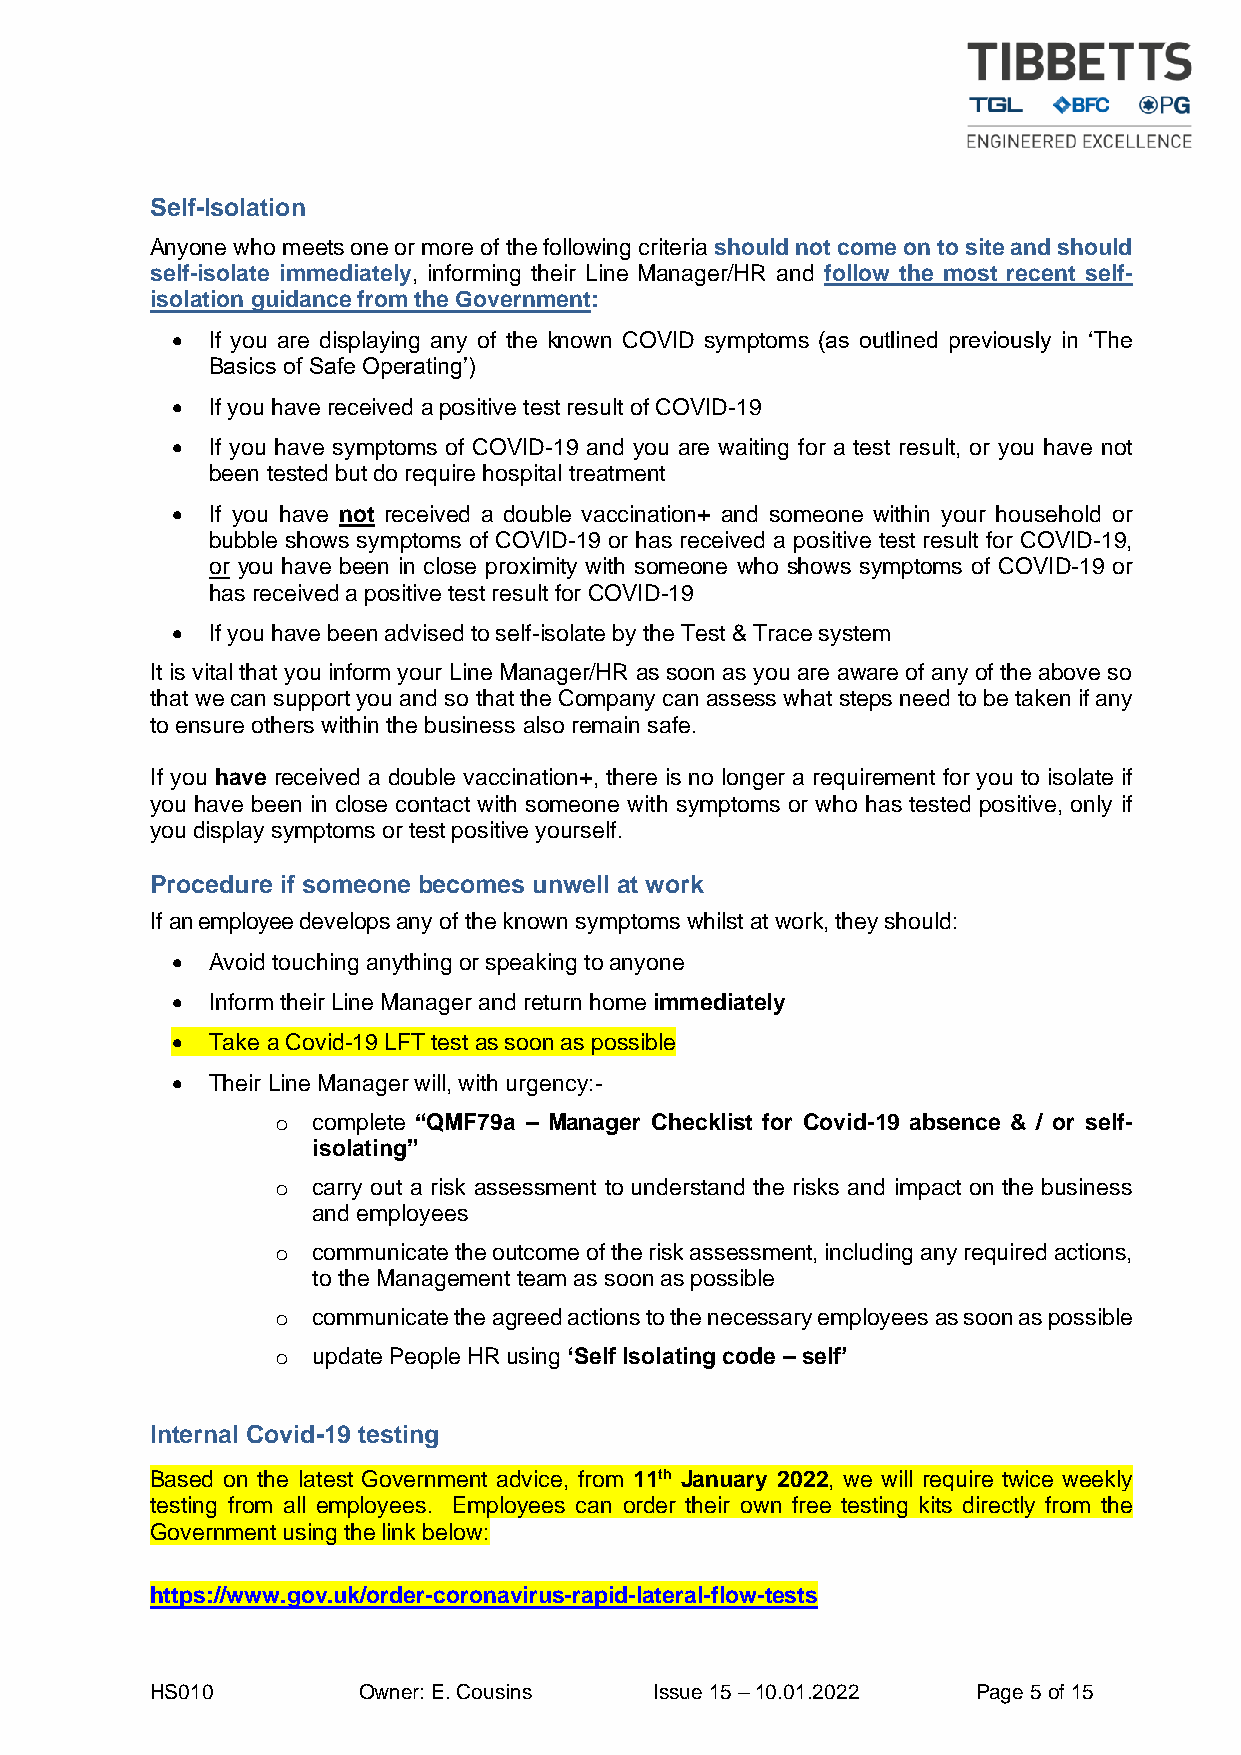
Self-Isolation
 Anyone who meets one or more of the following criteria should not come on to site and should
 self-isolate immediately, informing their Line Manager/HR and follow the most recent self-
 isolation guidance from the Government:
 •  If you are displaying any of the known COVID symptoms (as outlined previously in ‘The
 Basics of Safe Operating’)
 •  If you have received a positive test result of COVID-19
 •  If you have symptoms of COVID-19 and you are waiting for a test result, or you have not
 been tested but do require hospital treatment
 •  If you have not received a double vaccination+ and someone within your household or
 bubble shows symptoms of COVID-19 or has received a positive test result for COVID-19,
 or you have been in close proximity with someone who shows symptoms of COVID-19 or
 has received a positive test result for COVID-19
 •  If you have been advised to self-isolate by the Test & Trace system
 It is vital that you inform your Line Manager/HR as soon as you are aware of any of the above so
 that we can support you and so that the Company can assess what steps need to be taken if any
 to ensure others within the business also remain safe.
 If you have received a double vaccination+, there is no longer a requirement for you to isolate if
 you have been in close contact with someone with symptoms or who has tested positive, only if
 you display symptoms or test positive yourself.
 Procedure if someone becomes unwell at work
 If an employee develops any of the known symptoms whilst at work, they should:
 •  Avoid touching anything or speaking to anyone
 •  Inform their Line Manager and return home immediately
 •  Take a Covid-19 LFT test as soon as possible
 •  Their Line Manager will, with urgency:-
 o  complete “QMF79a – Manager Checklist for Covid-19 absence & / or self-
 isolating”
 o  carry out a risk assessment to understand the risks and impact on the business
 and employees
 o  communicate the outcome of the risk assessment, including any required actions,
 to the Management team as soon as possible
 o  communicate the agreed actions to the necessary employees as soon as possible
 o  update People HR using ‘Self Isolating code – self’
 Internal Covid-19 testing
 Based on the latest Government advice, from 11th January 2022, we will require twice weekly
 testing from all employees. Employees can order their own free testing kits directly from the
 Government using the link below:
 https://www.gov.uk/order-coronavirus-rapid-lateral-flow-tests
 HS010         Owner: E. Cousins  Issue 15 – 10.01.2022 Page 5 of 15